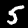
Label: 5